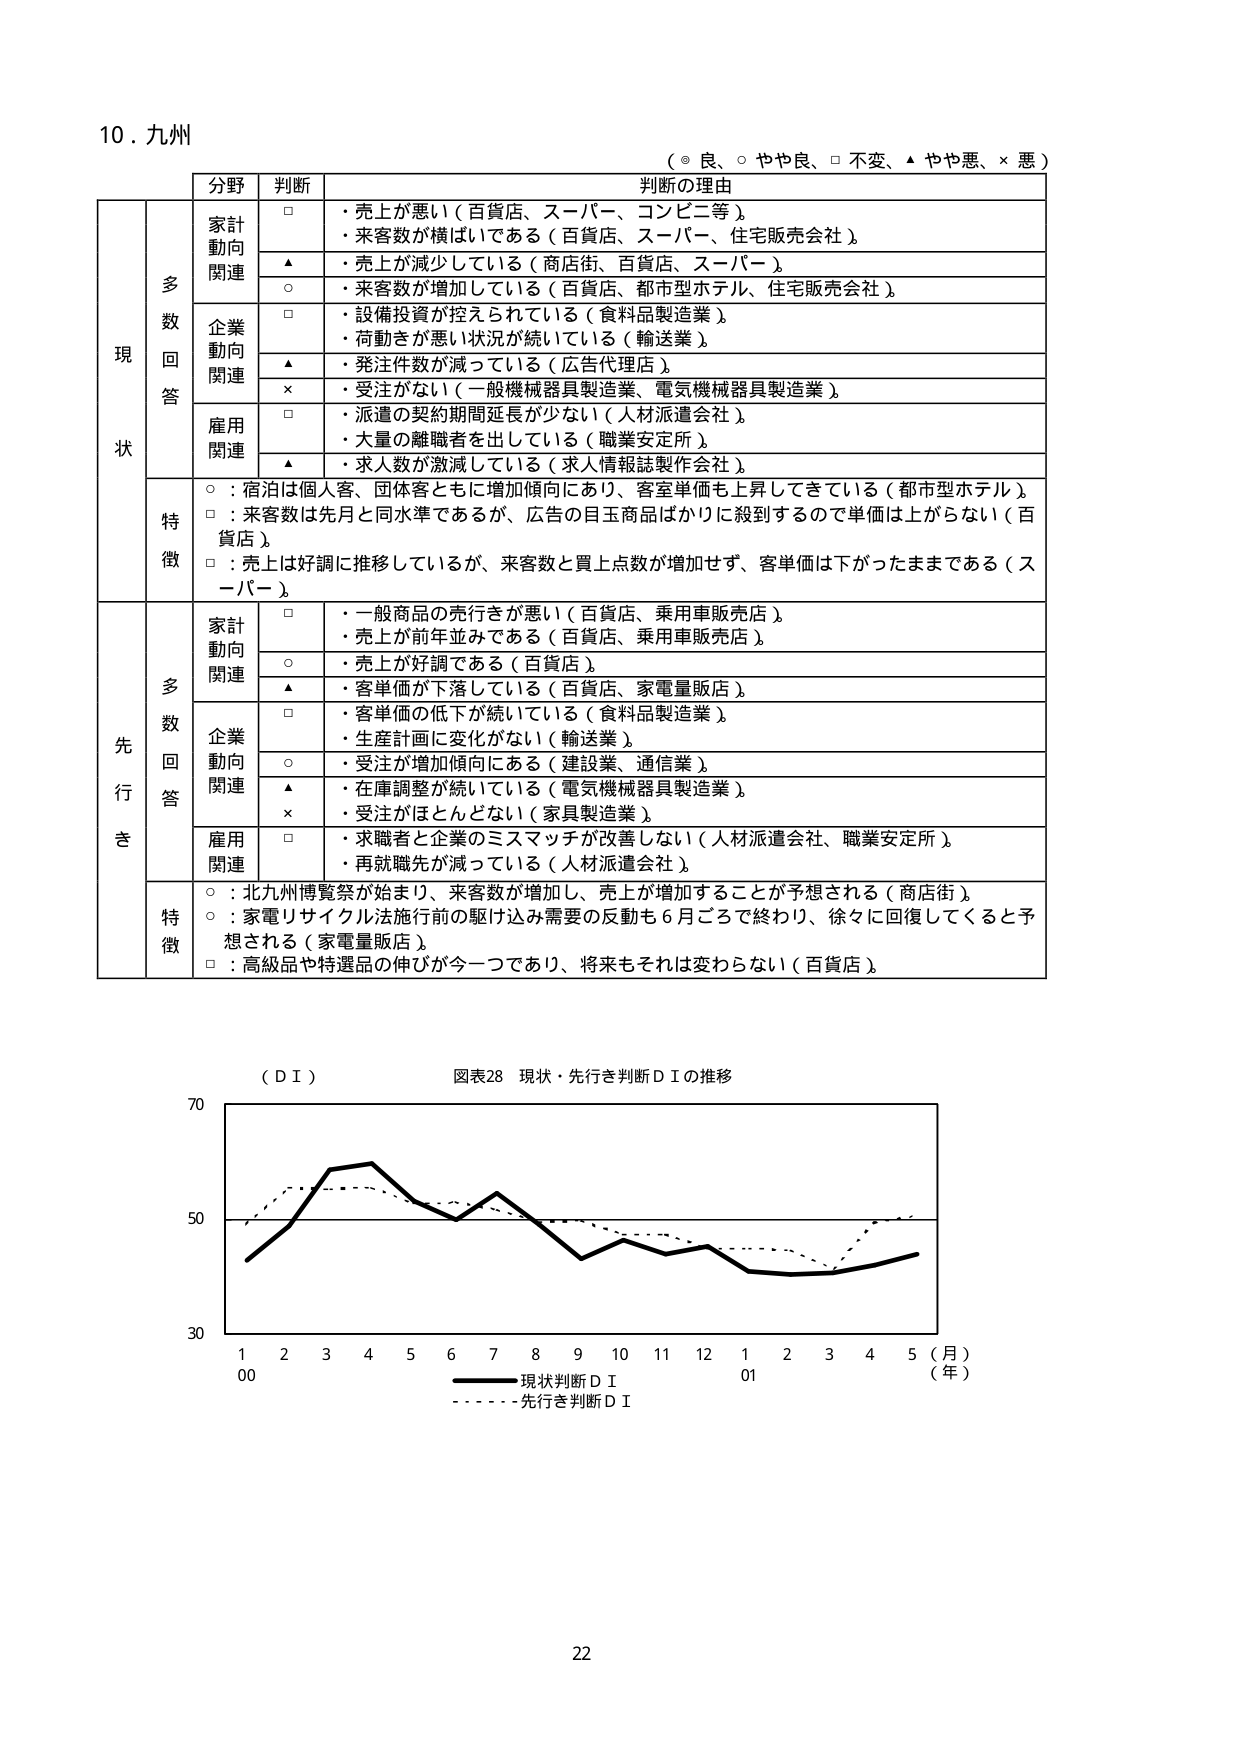
10. 九州
（◎ 良、○ やや良、□ 不変、▲ やや悪、× 悪）

現状
　　多数回答
　　　　分野　　　判断　　　　判断の理由
　　　　家計動向関連
　　　　　　　　□　・売上が悪い（百貨店、スーパー、コンビニ等）
　　　　　　　　　　・来客数が横ばいである（百貨店、スーパー、住宅販売会社）
　　　　　　　　▲　・売上が減少している（商店街、百貨店、スーパー）
　　　　　　　　○　・来客数が増加している（百貨店、都市型ホテル、住宅販売会社）
　　　　企業動向関連
　　　　　　　　□　・設備投資が控えられている（食料品製造業）
　　　　　　　　　　・荷動きが悪い状況が続いている（輸送業）
　　　　　　　　▲　・発注件数が減っている（広告代理店）
　　　　　　　　×　・受注がない（一般機械器具製造業、電気機械器具製造業）
　　　　雇用関連
　　　　　　　　□　・派遣の契約期間延長が少ない（人材派遣会社）
　　　　　　　　　　・大量の離職者を出している（職業安定所）
　　　　　　　　▲　・求人数が激減している（求人情報誌製作会社）
　　　　特徴
　　　　　　　　○：宿泊は個人客、団体客ともに増加傾向にあり、客室単価も上昇してきている（都市型ホテル）
　　　　　　　　□：来客数は先月と同水準であるが、広告の目玉商品ばかりに殺到するので単価は上がらない（百貨店）
　　　　　　　　□：売上は好調に推移しているが、来客数と買上点数が増加せず、客単価は下がったままである（スーパー）

先行き
　　多数回答
　　　　分野　　　判断　　　　判断の理由
　　　　家計動向関連
　　　　　　　　□　・一般商品の売行きが悪い（百貨店、乗用車販売店）
　　　　　　　　　　・売上が前年並みである（百貨店、乗用車販売店）
　　　　　　　　○　・売上が好調である（百貨店）
　　　　　　　　▲　・客単価が下落している（百貨店、家電量販店）
　　　　企業動向関連
　　　　　　　　□　・客単価の低下が続いている（食料品製造業）
　　　　　　　　　　・生産計画に変化がない（輸送業）
　　　　　　　　○　・受注が増加傾向にある（建設業、通信業）
　　　　　　　　▲　・在庫調整が続いている（電気機械器具製造業）
　　　　　　　　×　・受注がほとんどない（家具製造業）
　　　　雇用関連
　　　　　　　　□　・求職者と企業のミスマッチが改善しない（人材派遣会社、職業安定所）
　　　　　　　　　　・再就職先が減っている（人材派遣会社）
　　　　特徴
　　　　　　　　○：北九州博覧祭が始まり、来客数が増加し、売上が増加することが予想される（商店街）
　　　　　　　　○：家電リサイクル法施行前の駆け込み需要の反動も6月ごろで終わり、徐々に回復してくると予想される（家電量販店）
　　　　　　　　□：高級品や特選品の伸びが今一つであり、将来もそれは変わらない（百貨店）

（ＤＩ）　図表28 現状・先行き判断ＤＩの推移